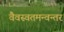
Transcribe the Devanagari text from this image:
वैवस्वतमन्वन्तर